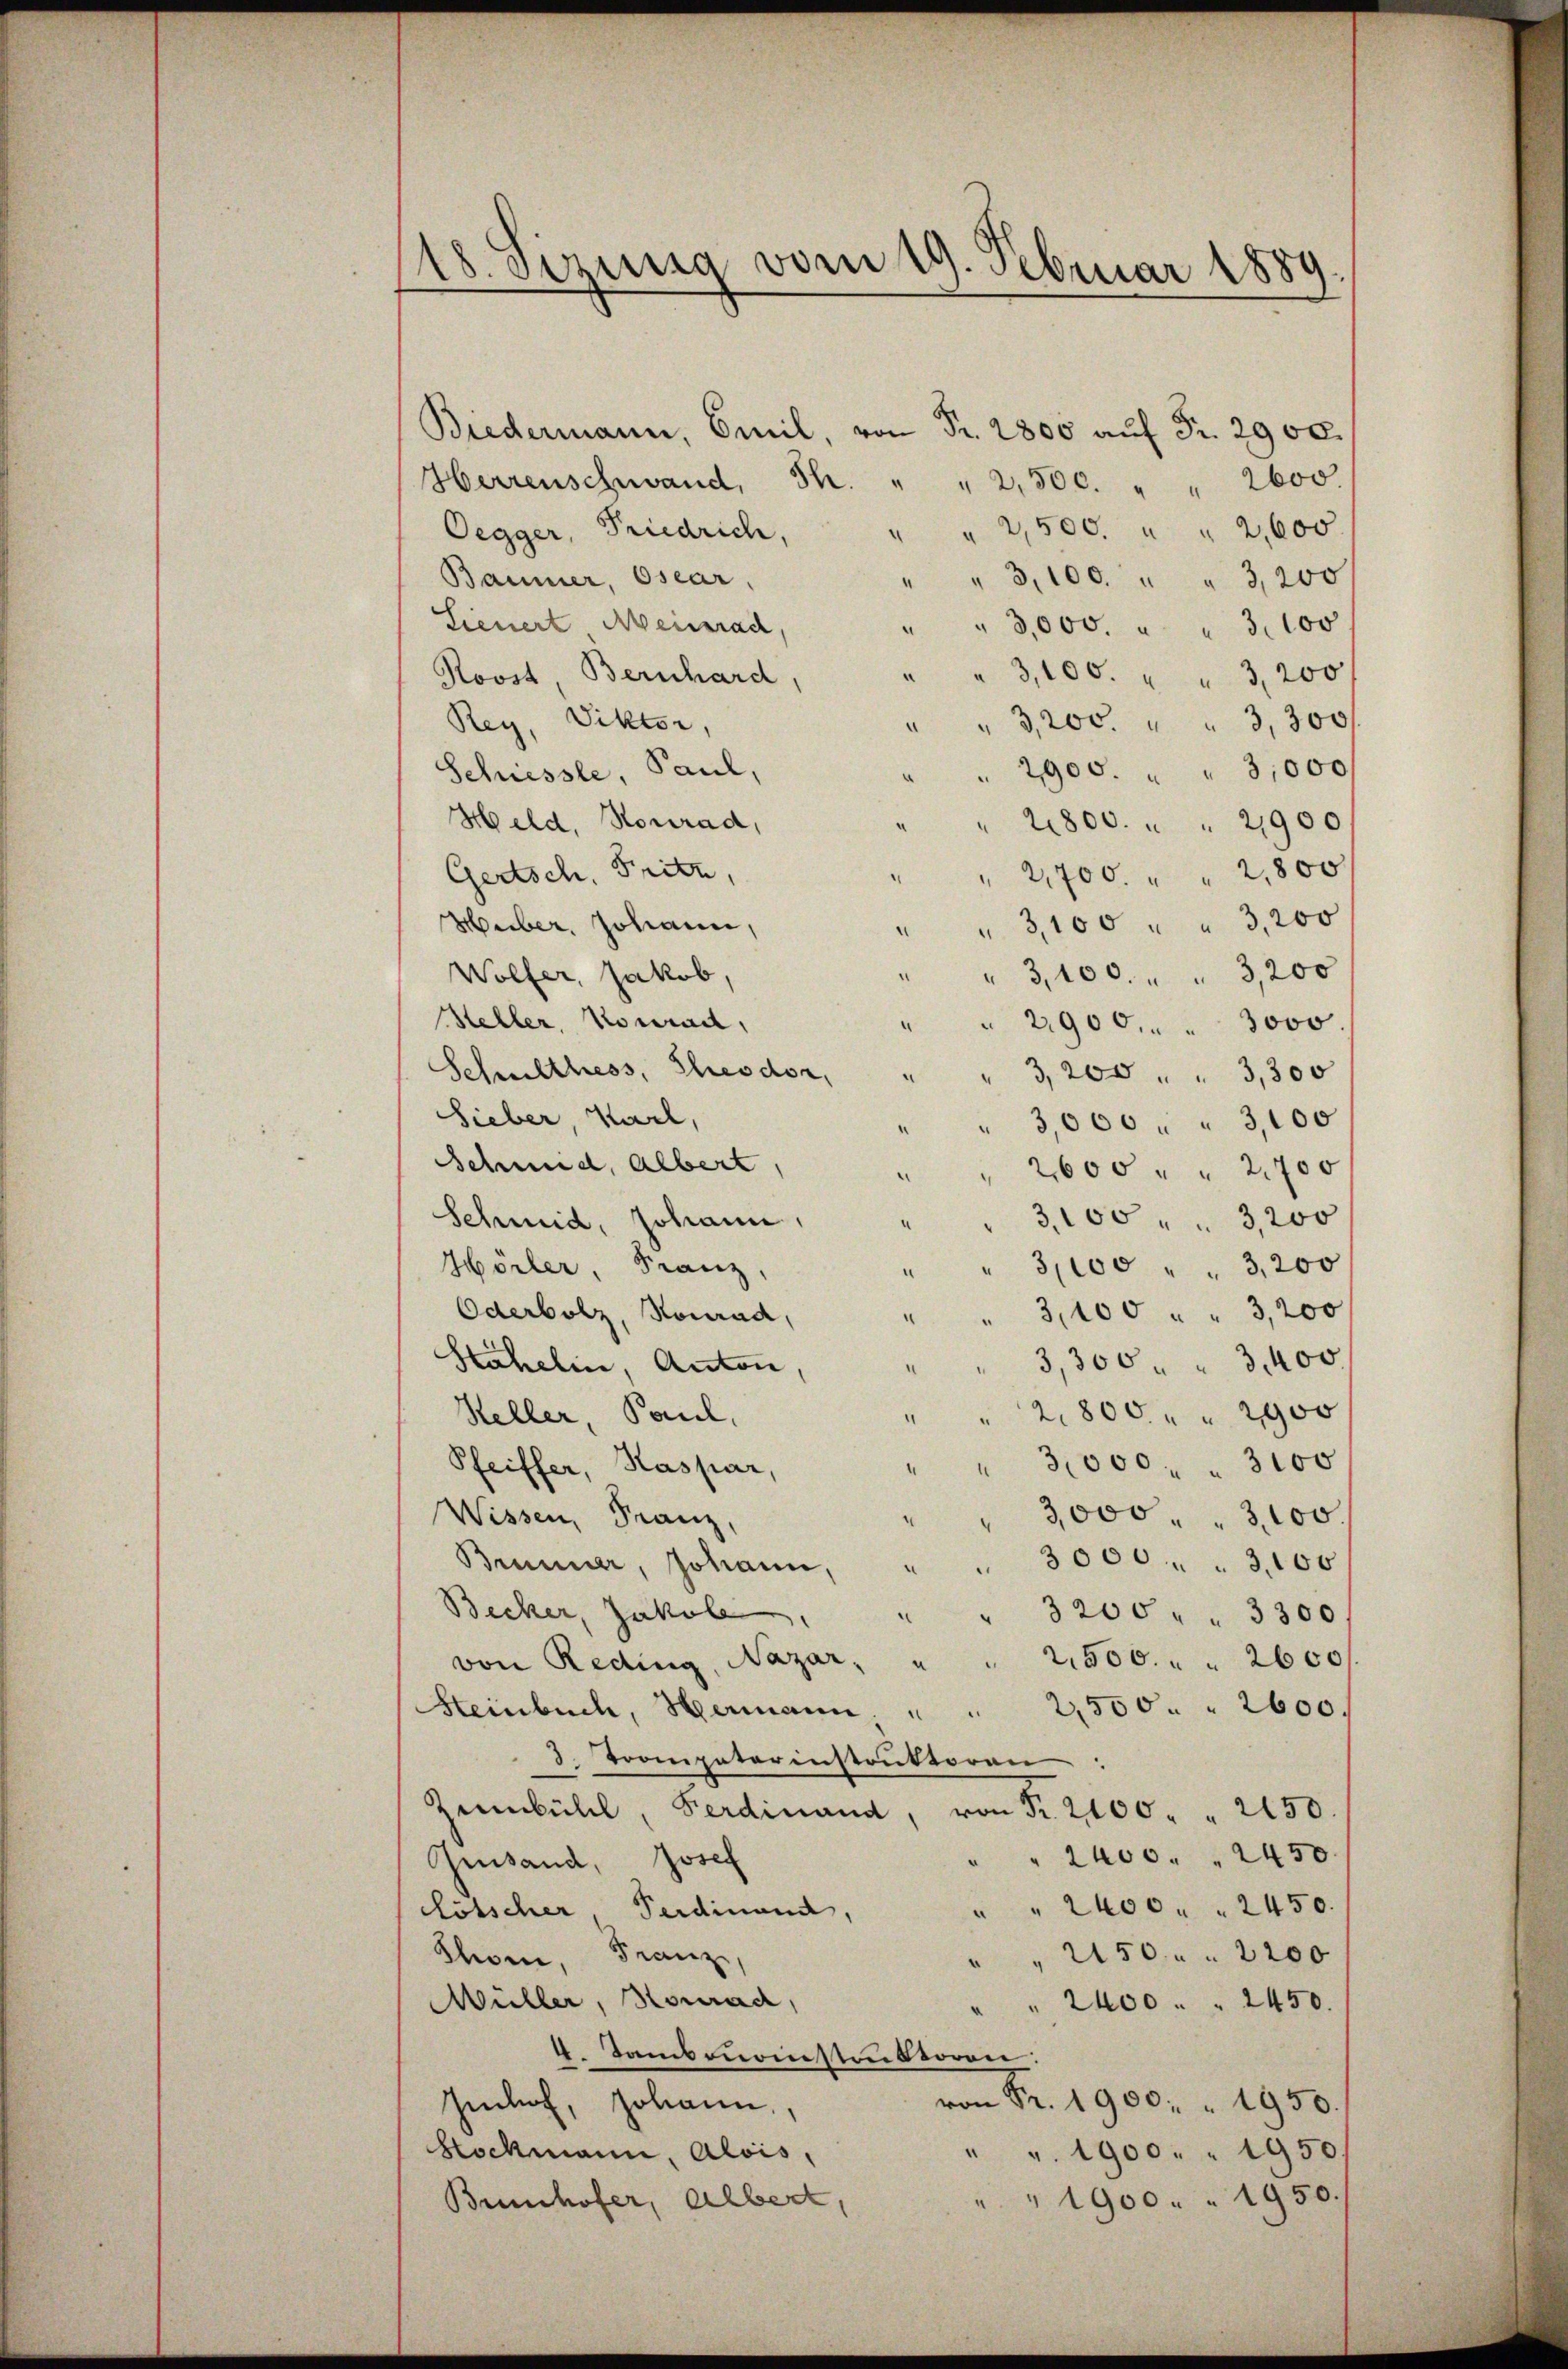
18. Sizung vom 19. Februar 1889.

Biedermann, Emil, von Fr. 2800 auf Fr. 2900.
Herrenschwand, Th. " " 2,500. " " 2600
" 2,500. " " 2,000.
Oegger, Friedrich,
Baumer, Osear.
" 3,100 " " 3,200
Sieuert Heinrad,
" " 3,000. " " 3,100
Roost, Bernhard,
3,100. " " 3,200
Rey, Viktor,
" 3,200. " " 3,300f
2900. " " 3,000
Schiessle, Paul,
Held, Konrad,
21800. " " 21900
Gertsch. Fritz,
2,700 " " 2,800
Huber, Johann,
"3,100 " " 3,200
¬
Wölfer, Jakob,
3,100. " " 3,200
Heller, Konrad,
2900. " " 3000.
Schulthess, Theodor, "
3,200 " " 3,300
Sieber Karl,
3,000 " " 3,100
Schmid, albert,
2600 " " 2700
Schmid, Johann,
3,100 " " 3,200
Hörler, Franz,
3,000 " " 3,200
Oderbolz, Konrad,
3,100 " " 3,200
3,300 " " 3400
Stähelin, Anton
2800 " " 2900
Heller, Paul,
3,000 - 3000
Pfeiffer, Kaspar,
3,000 " " 3,100.
Wissen, Franz,
3000 " " 3,100
Brunner, Johann,
Becker, Jakob
3200 " " 3300.
2,500. 2600
von Reding, Nazar, "
2,500. 2600.
Steinbuch, Hermann
3. Tooenpaterinstruktoren
Zŭmbühl, Ferdinand, von Fr. 2100 " " 2150.
" " 2400. " 2450.
Gesand, Josef
" " 2400. 2450.
Lötscher, Ferdinand,
2150. 2200
Schon Franz,
Müller Konrad,
2400 " " 2450.
4. Tambourinstruktoren:
von Fr. 1900. 1950.
Imhof, Johann,
Hochmann, Alois,
" v. 1900 " " 1950.
" " 1900. 1950.
Brunhofer, Albert,